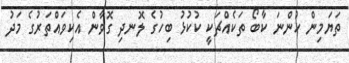
ތަޔަމިން ހުންނަ ކާބޯ ތަކެއްޗަކީ ކުކުޅު ބިހުގެ ލޮނދި ގޮވާން އެކިވައްތަރުގެ މަދު